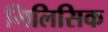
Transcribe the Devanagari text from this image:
गिलिसिक